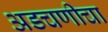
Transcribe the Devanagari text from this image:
अडचणीचा